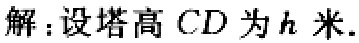
解：设塔高 \(CD\) 为 \(h\) 米.